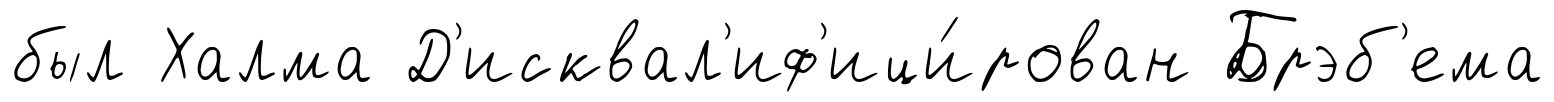
был Халма Д'исквал'иф'ици́рован Брэб'ема